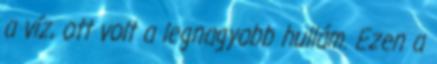
a víz, ott volt a legnagyobb hullám. Ezen a